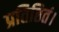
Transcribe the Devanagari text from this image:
प्रतिष्ठितं।